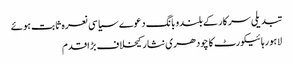
تبدیلی سرکارکے بلندوبانگ دعوے سیاسی نعرہ ثابت ہوئے
لاہورہائیکورٹ کا چودھری نثار کیخلاف بڑاقدم